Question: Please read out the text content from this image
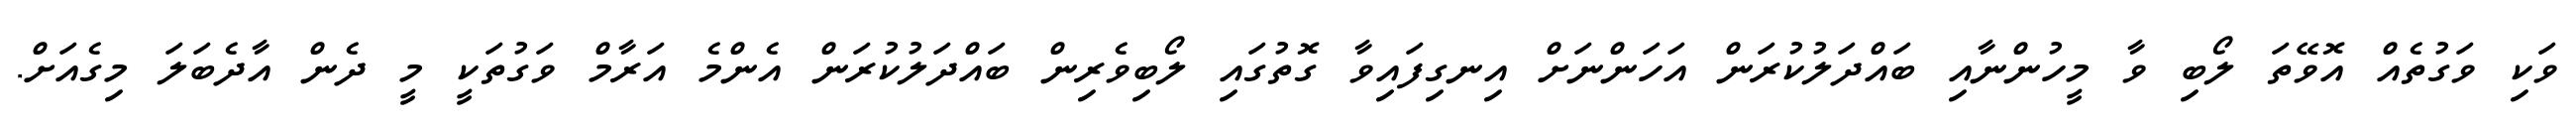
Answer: ވަކި ވަގުތެއް އޮވޭތަ ލޯބި ވާ މީހުންނާއި ބައްދަލުކުރަން އަހަންނަށް އިނގިފައިވާ ގޮތުގައި ލޯބިވެރިން ބައްދަލުކުރަން އެންމެ އަރާމް ވަގުތަކީ މީ ދެން އާދެބަލަ މިގެއަށް.